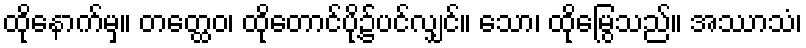
ထိုနောက်မှ။ တတ္ထေဝ၊ ထိုတောင်ပို့၌ပင်လျှင်။ သော၊ ထိုမြွေသည်။ အဿာသံ၊